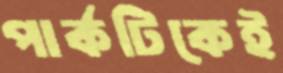
পার্কটিকেই